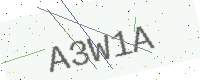
Text: A3W1A